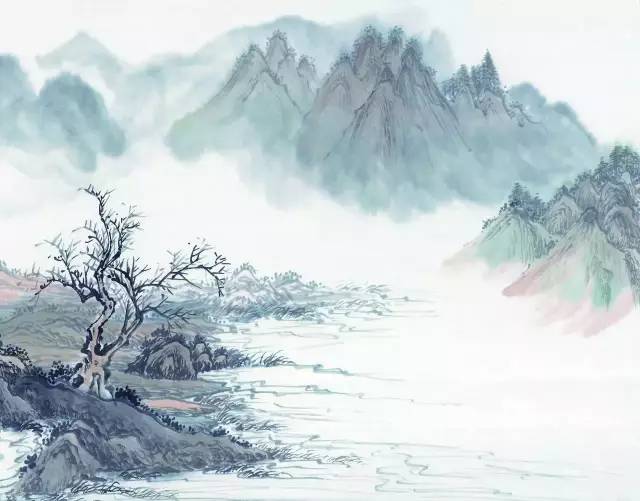
凉叶萧萧散雨声，虚堂淅淅掩霜清。